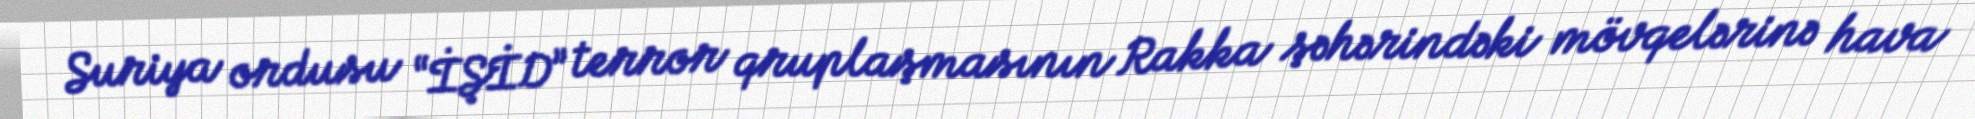
Suriya ordusu “İŞİD” terror qruplaşmasının Rakka şəhərindəki mövqelərinə hava